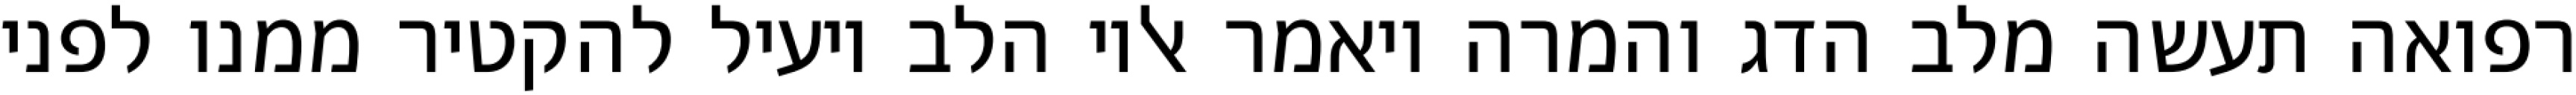
רפואה תעשה מלב הדג והמרה ויאמר אליו הלב יועיל להקטיר ממנו לפני